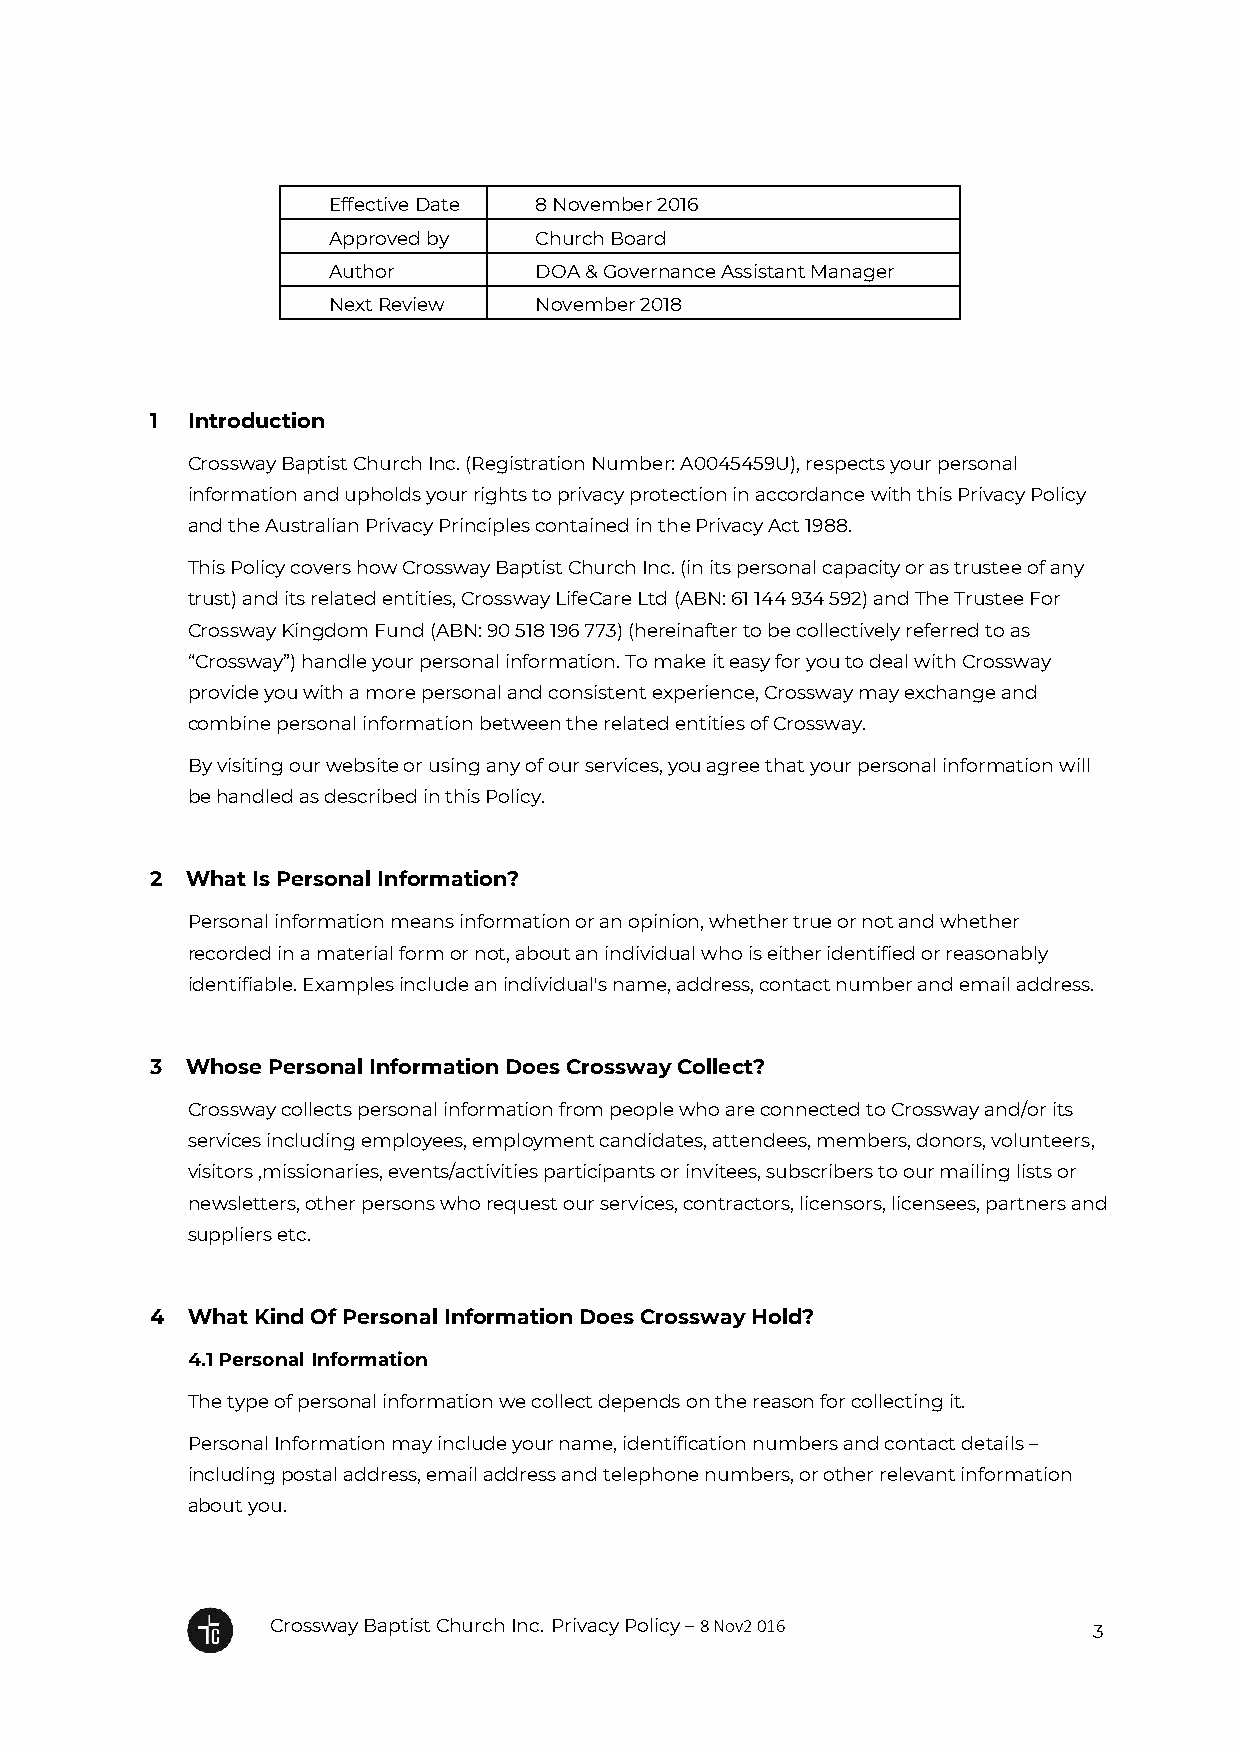
Effective Date 8 November 2016
 Approved by  Church Board
 Author       DOA & Governance Assistant Manager
 Next Review  November 2018
 Date
 1 Introduction
 Crossway Baptist Church Inc. (Registration Number: A0045459U), respects your personal
 information and upholds your rights to privacy protection in accordance with this Privacy Policy
 and the Australian Privacy Principles contained in the Privacy Act 1988.
 This Policy covers how Crossway Baptist Church Inc. (in its personal capacity or as trustee of any
 trust) and its related entities, Crossway LifeCare Ltd (ABN: 61 144 934 592) and The Trustee For
 Crossway Kingdom Fund (ABN: 90 518 196 773) (hereinafter to be collectively referred to as
 “Crossway”) handle your personal information. To make it easy for you to deal with Crossway
 provide you with a more personal and consistent experience, Crossway may exchange and
 combine personal information between the related entities of Crossway.
 By visiting our website or using any of our services, you agree that your personal information will
 be handled as described in this Policy.
 2 What Is Personal Information?
 Personal information means information or an opinion, whether true or not and whether
 recorded in a material form or not, about an individual who is either identified or reasonably
 identifiable. Examples include an individual's name, address, contact number and email address.
 3 Whose Personal Information Does Crossway Collect?
 Crossway collects personal information from people who are connected to Crossway and/or its
 services including employees, employment candidates, attendees, members, donors, volunteers,
 visitors ,missionaries, events/activities participants or invitees, subscribers to our mailing lists or
 newsletters, other persons who request our services, contractors, licensors, licensees, partners and
 suppliers etc.
 4 What Kind Of Personal Information Does Crossway Hold?
 4.1 Personal Information
 The type of personal information we collect depends on the reason for collecting it.
 Personal Information may include your name, identification numbers and contact details –
 including postal address, email address and telephone numbers, or other relevant information
 about you.
 Crossway Baptist Church Inc. Privacy Policy – 8 Nov2 016
 3